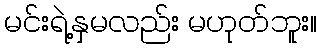
မင်းရဲ့နှမလည်း မဟုတ်ဘူး။